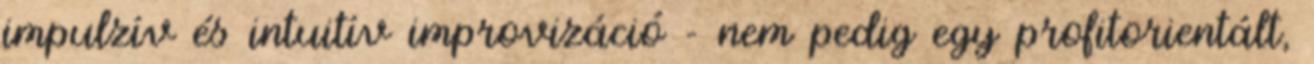
impulzív és intuitív improvizáció - nem pedig egy profitorientált,